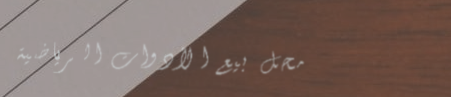
محل بيع الأدوات الرياضية